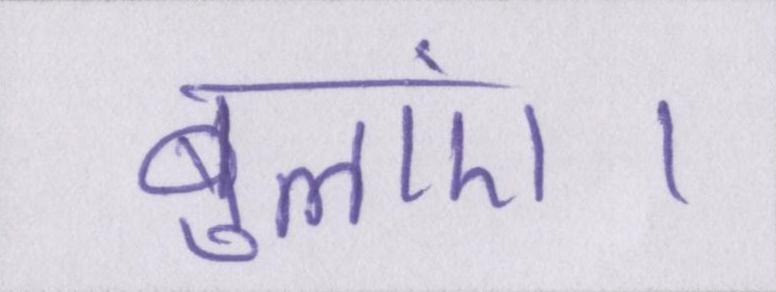
बुलाएं।